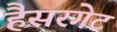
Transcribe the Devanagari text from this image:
हैसरगेट